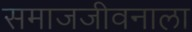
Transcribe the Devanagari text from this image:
समाजजीवनाला